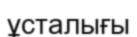
ұсталығы